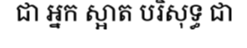
ជា អ្នក ស្អាត បរិសុទ្ធ ជា